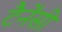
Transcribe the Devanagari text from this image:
टैनेंसी